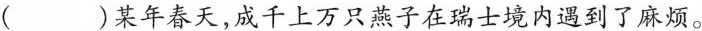
( )某年春天，成千上万只燕子在瑞士境内遇到了麻烦。